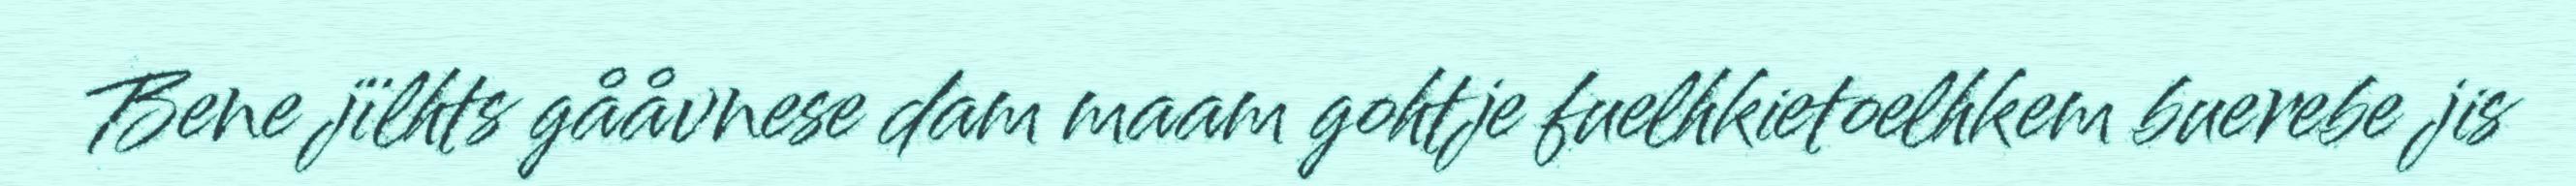
Bene jïlhts gååvnese dam maam gohtje fuelhkietoelhkem buerebe jis